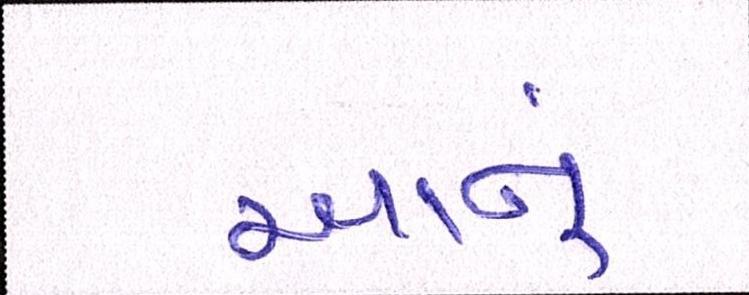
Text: આનું